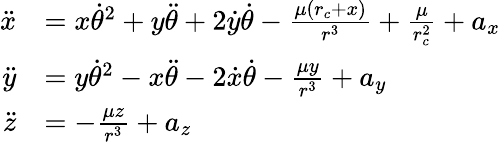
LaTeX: \begin{array}{rl}{\ddot{x}}&{=x\dot{\theta}^{2}+y\ddot{\theta}+2\dot{y}\dot{\theta}-\frac{\mu(r_{c}+x)}{r^{3}}+\frac{\mu}{r_{c}^{2}}+a_{x}}\\ {\ddot{y}}&{=y\dot{\theta}^{2}-x\ddot{\theta}-2\dot{x}\dot{\theta}-\frac{\mu y}{r^{3}}+a_{y}}\\ {\ddot{z}}&{=-\frac{\mu z}{r^{3}}+a_{z}}\end{array}